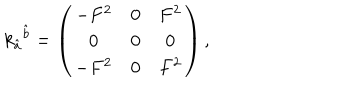
LaTeX: k _ { \hat { a } } { } ^ { \hat { b } } = \left( \begin{array} { c c c } { { - F ^ { 2 } } } & { { 0 } } & { { F ^ { 2 } } } \\ { { 0 } } & { { 0 } } & { { 0 } } \\ { { - F ^ { 2 } } } & { { 0 } } & { { F ^ { 2 } } } \\ \end{array} \right) ,